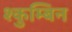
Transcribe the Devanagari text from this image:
श्कुम्बिन